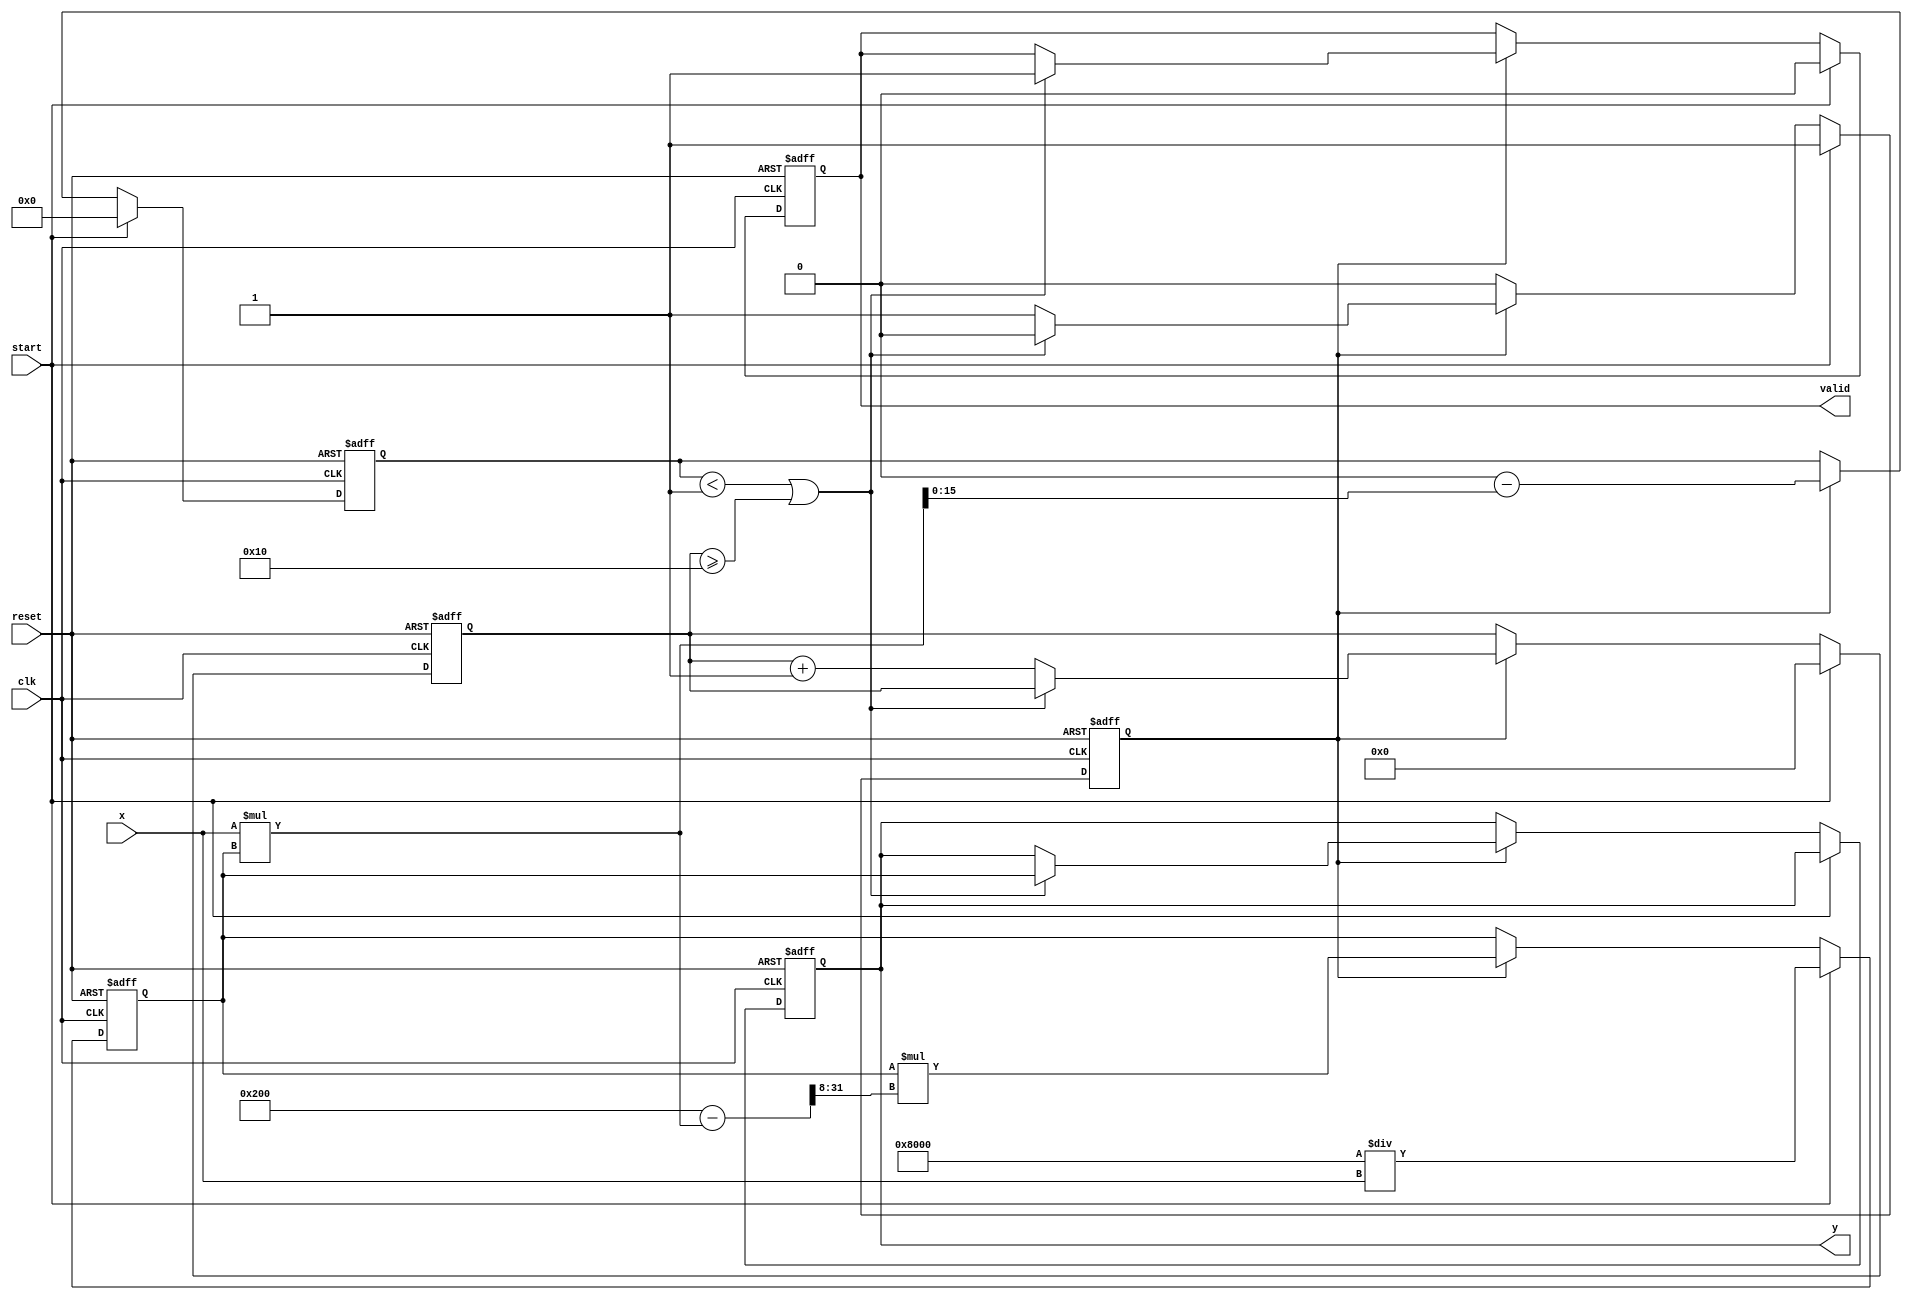
module FixedPointReciprocal #(
    parameter INTEGER_BITS = 8, // Number of bits for the integer part
    parameter FRACTIONAL_BITS = 8, // Number of bits for the fractional part
    parameter TOTAL_BITS = INTEGER_BITS + FRACTIONAL_BITS
) (
    input wire clk,
    input wire reset,
    input wire start,
    input wire [TOTAL_BITS-1:0] x, // Input fixed-point number (Qm.n)
    output reg [TOTAL_BITS-1:0] y, // Output fixed-point reciprocal (Qm.n)
    output reg valid // Indicates that the output is valid
);

localparam MAX_ITERATIONS = 16; // Maximum iterations for Newton-Raphson
localparam TOLERANCE = 16'h1; // Tolerance level for convergence check

reg [TOTAL_BITS-1:0] approx; // Current approximation of the reciprocal
reg [TOTAL_BITS-1:0] error; // Error check for convergence
reg [3:0] iter_count; // Iteration counter
reg computing; // State flag for computation

always @(posedge clk or posedge reset) begin
    if (reset) begin
        y <= 0;
        valid <= 0;
        approx <= 0;
        error <= 0;
        iter_count <= 0;
        computing <= 0; 
    end else begin
        if (start) begin
            // Initialize for computation
            approx <= {1'b1, {TOTAL_BITS-1{1'b0}}} / x; // Initial approximation: 1/x
            error <= 0;
            iter_count <= 0;
            computing <= 1;
            valid <= 0; // Output not valid initially
        end else if (computing) begin
            // Newton-Raphson iteration step: approx = approx * (2 - x * approx)
            approx <= approx * (2 * (1 << FRACTIONAL_BITS) - (x * approx) >> FRACTIONAL_BITS);

            // Error Calculation
            error <= (1 << TOTAL_BITS) - (x * approx); // Compute error: max value - x * approx

            // Check convergence
            if (error < TOLERANCE || iter_count >= MAX_ITERATIONS) begin
                y <= approx; // Store the final approximation
                valid <= 1; // Set output valid
                computing <= 0; // End computation
            end else begin
                iter_count <= iter_count + 1; // Increment iteration count
            end
        end
    end
end

endmodule